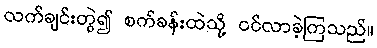
လက်ချင်းတွဲ၍ စက်ခန်းထဲသို့ ဝင်လာခဲ့ကြသည်။